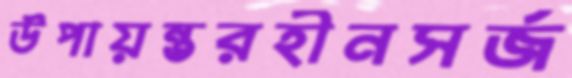
উপায়ন্তরহীনসর্জ